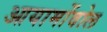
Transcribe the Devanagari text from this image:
आयामोंवोल